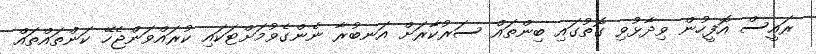
ރައީސް އޮފީހުން ވިދާޅުވި ގޮތުގައި ބިންތައް ސަރުކާރަށް އަނބުރާ ނެންގެވުމަށްޓަކައި ކުރައްވަންޖެހޭ ކަންތައްތައް